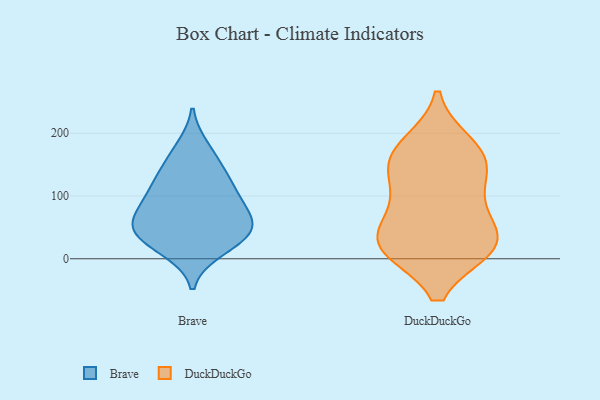
{"axis": {"x": "Budget (USD K)", "y": "Value"}, "legend": ["Brave", "DuckDuckGo"], "data": [{"x": "", "y": 43, "type": "Brave"}, {"x": "", "y": 41, "type": "Brave"}, {"x": "", "y": 176, "type": "Brave"}, {"x": "", "y": 15, "type": "Brave"}, {"x": "", "y": 91, "type": "Brave"}, {"x": "", "y": 152, "type": "Brave"}, {"x": "", "y": 121, "type": "Brave"}, {"x": "", "y": 25, "type": "Brave"}, {"x": "", "y": 62, "type": "Brave"}, {"x": "", "y": 53, "type": "Brave"}, {"x": "", "y": 121, "type": "Brave"}, {"x": "", "y": 60, "type": "Brave"}, {"x": "", "y": 95, "type": "Brave"}, {"x": "", "y": 101, "type": "DuckDuckGo"}, {"x": "", "y": 85, "type": "DuckDuckGo"}, {"x": "", "y": 155, "type": "DuckDuckGo"}, {"x": "", "y": 163, "type": "DuckDuckGo"}, {"x": "", "y": 149, "type": "DuckDuckGo"}, {"x": "", "y": 30, "type": "DuckDuckGo"}, {"x": "", "y": 180, "type": "DuckDuckGo"}, {"x": "", "y": 22, "type": "DuckDuckGo"}, {"x": "", "y": 23, "type": "DuckDuckGo"}, {"x": "", "y": 22, "type": "DuckDuckGo"}, {"x": "", "y": 20, "type": "DuckDuckGo"}]}